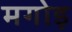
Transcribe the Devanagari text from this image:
मगोड़